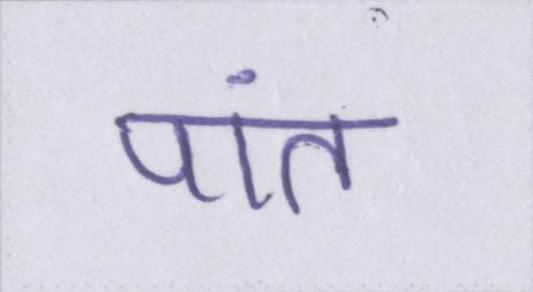
पांत